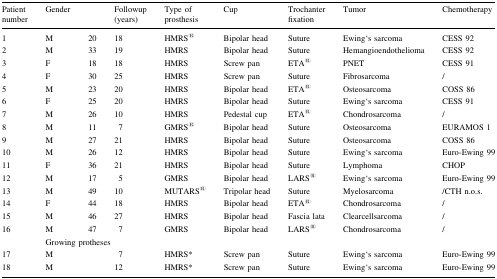
| Patient number | Gender |  | Followup (years) | Type of prosthesis | Cup | Trochanter fixation | Tumor | Chemotherapy |
 | --- | --- | --- | --- | --- | --- | --- | --- | --- |
 | 1 | M | 20 | 18 | HMRS® | Bipolar head | Suture | Ewing‘s sarcoma | CESS 92 |
 | 2 | M | 33 | 19 | HMRS | Bipolar head | Suture | Hemangioendothelioma | CESS 92 |
 | 3 | F | 18 | 18 | HMRS | Screw pan | ETA® | PNET | CESS 91 |
 | 4 | F | 30 | 25 | HMRS | Screw pan | Suture | Fibrosarcoma | / |
 | 5 | M | 23 | 20 | HMRS | Bipolar head | ETA® | Osteosarcoma | COSS 86 |
 | 6 | F | 25 | 20 | HMRS | Bipolar head | Suture | Ewing‘s sarcoma | CESS 91 |
 | 7 | M | 26 | 10 | HMRS | Pedestal cup | ETA® | Chondrosarcoma | / |
 | 8 | M | 11 | 7 | GMRS® | Bipolar head | Suture | Osteosarcoma | EURAMOS 1 |
 | 9 | M | 27 | 21 | HMRS | Bipolar head | Suture | Osteosarcoma | COSS 86 |
 | 10 | M | 26 | 12 | HMRS | Bipolar head | Suture | Ewing‘s sarcoma | Euro-Ewing 99 |
 | 11 | F | 36 | 21 | HMRS | Bipolar head | Suture | Lymphoma | CHOP |
 | 12 | M | 17 | 5 | GMRS | Bipolar head | LARS® | Ewing‘s sarcoma | Euro-Ewing 99 |
 | 13 | M | 49 | 10 | MUTARS® | Tripolar head | Suture | Myelosarcoma | /CTH n.o.s. |
 | 14 | F | 44 | 18 | HMRS | Bipolar head | ETA® | Chondrosarcoma | / |
 | 15 | M | 46 | 27 | HMRS | Bipolar head | Fascia lata | Clearcellsarcoma | / |
 | 16 | M | 47 | 7 | GMRS | Bipolar head | LARS® | Chondrosarcoma | / |
 |  | <COLSPAN=8> Growing protheses |
 | 17 | M |  | 7 | HMRS* | Screw pan | Suture | Ewing‘s sarcoma | Euro-Ewing 99 |
 | 18 | M |  | 12 | HMRS* | Screw pan | Suture | Ewing‘s sarcoma | Euro-Ewing 99 |